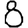
Digit: 8